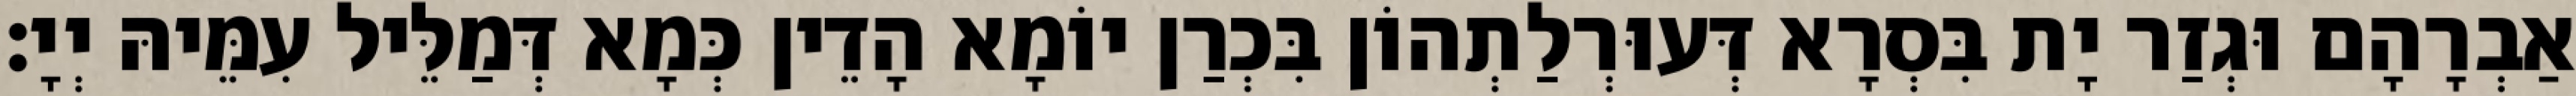
אַבְרָהָם וּגְזַר יָת בִּסְרָא דְּעוּרְלַתְהוֹן בִּכְרַן יוֹמָא הָדֵין כְּמָא דְּמַלֵּיל עִמֵּיהּ יְיָ׃